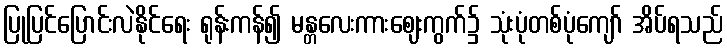
ပြုပြင်ပြောင်းလဲနိုင်ရေး ရုန်းကန်၍ မန္တလေးကားဈေးကွက်၌ သုံးပုံတစ်ပုံကျော် အိပ်ရသည်